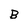
Character: B